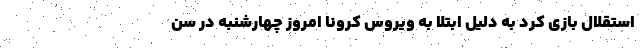
استقلال بازی کرد به دلیل ابتلا به ویروس کرونا امروز چهارشنبه در سن